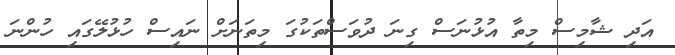
އަދި ޝާމިސް މިތާ އުޅުނަސް ގިނަ ދުވަސްތަކުގަ މިތަނަށް ނައިސް ހުޅުލޭގައި ހުންނަ